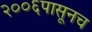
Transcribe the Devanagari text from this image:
२००६पासूनच